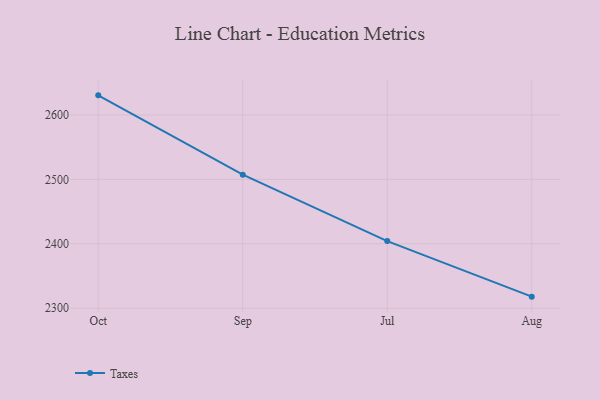
{"axis": {"x": "Month", "y": "Operating Costs (USD K)"}, "legend": ["Taxes"], "data": [{"x": "Oct", "y": 2630.5, "type": "Taxes"}, {"x": "Sep", "y": 2507.3, "type": "Taxes"}, {"x": "Jul", "y": 2404.2, "type": "Taxes"}, {"x": "Aug", "y": 2317.9, "type": "Taxes"}]}